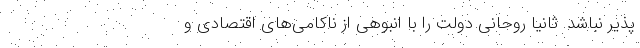
پذیر نباشد. ثانیا روحانی دولت را با انبوهی از ناکامی‌های اقتصادی و